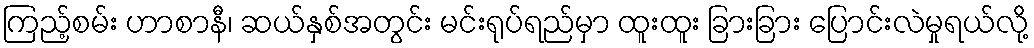
ကြည့်စမ်း ဟာစာနီ၊ ဆယ်နှစ်အတွင်း မင်းရုပ်ရည်မှာ ထူးထူး ခြားခြား ပြောင်းလဲမှုရယ်လို့